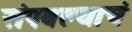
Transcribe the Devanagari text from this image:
संपवल्याचं